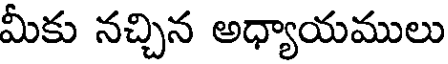
మీకు నచ్చిన అధ్యాయములు